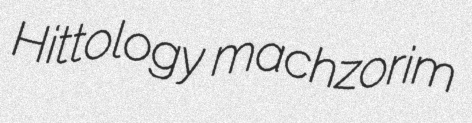
Hittology machzorim